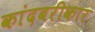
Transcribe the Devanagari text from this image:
कांदबरीकार